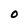
Character: 0